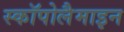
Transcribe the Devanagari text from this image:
स्कॉपोलैमाइन